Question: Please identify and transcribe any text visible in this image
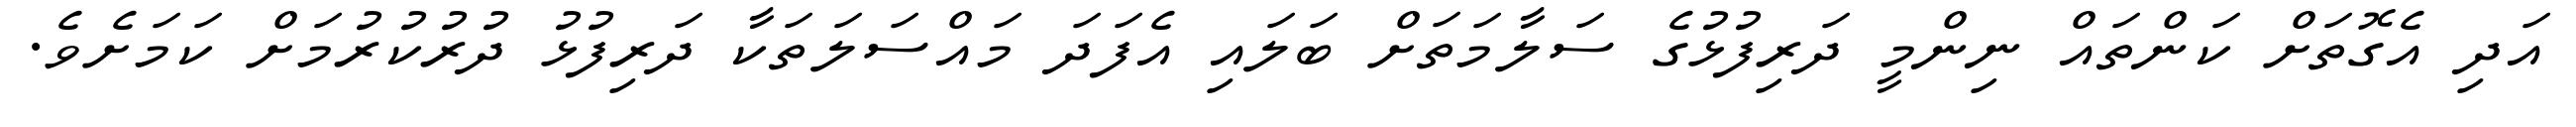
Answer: އަދި އެގޮތަށް ކަންތައް ނިންމީ ދަރިފުޅުގެ ސަލާމަތަށް ބަލައި އެފަދަ މައްސަލަތަކާ ދަރިފުޅު ދުރުކުރުމަށް ކަމަށެވެ.